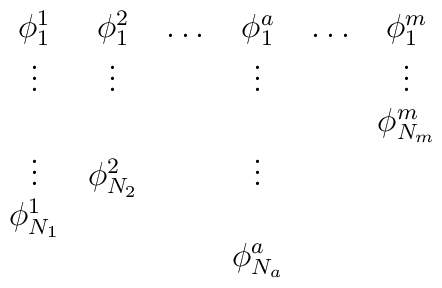
\begin{array}{cccccc}\phi^1_1 & \phi^2_1 & \ldots & \phi^a_1 & \ldots & \phi^m_1\\\vdots   & \vdots   &        &  \vdots  &        &\vdots   \\         &          &        &          &        & \phi^m_{N_m}\\\vdots &\phi^2_{N_2}&        & \vdots     \\\phi^1_{N_1}\\\        &          &         & \phi^a_{N_a}\end{array}